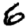
Digit: 6